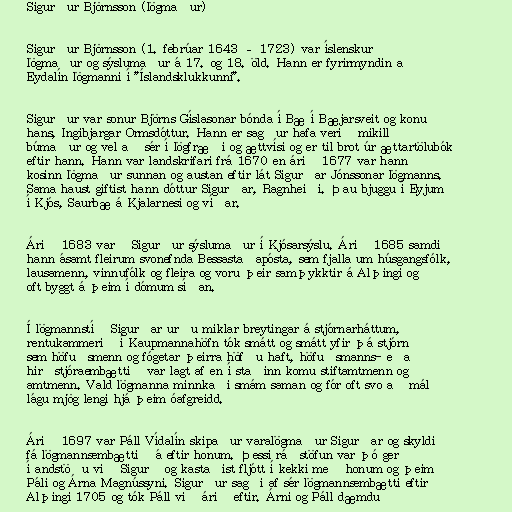
Sigurður Björnsson (lögmaður)

Sigurður Björnsson (1. febrúar 1643 – 1723) var íslenskur
lögmaður og sýslumaður á 17. og 18. öld. Hann er fyrirmyndin að
Eydalín lögmanni í "Íslandsklukkunni".

Sigurður var sonur Björns Gíslasonar bónda í Bæ í Bæjarsveit og konu
hans, Ingibjargar Ormsdóttur. Hann er sagður hafa verið mikill
búmaður og vel að sér í lögfræði og ættvísi og er til brot úr ættartölubók
eftir hann. Hann var landskrifari frá 1670 en árið 1677 var hann
kosinn lögmaður sunnan og austan eftir lát Sigurðar Jónssonar lögmanns.
Sama haust giftist hann dóttur Sigurðar, Ragnheiði. Þau bjuggu í Eyjum
í Kjós, Saurbæ á Kjalarnesi og víðar.

Árið 1683 varð Sigurður sýslumaður í Kjósarsýslu. Árið 1685 samdi
hann ásamt fleirum svonefnda Bessastaðapósta, sem fjalla um húsgangsfólk,
lausamenn, vinnufólk og fleira og voru þeir samþykktir á Alþingi og
oft byggt á þeim í dómum síðan.

Í lögmannstíð Sigurðar urðu miklar breytingar á stjórnarháttum,
rentukammerið í Kaupmannahöfn tók smátt og smátt yfir þá stjórn
sem höfuðsmenn og fógetar þeirra höfðu haft, höfuðsmanns- eða
hirðstjóraembættið var lagt af en í staðinn komu stiftamtmenn og
amtmenn. Vald lögmanna minnkaði smám saman og fór oft svo að mál
lágu mjög lengi hjá þeim óafgreidd.

Árið 1697 var Páll Vídalín skipaður varalögmaður Sigurðar og skyldi
fá lögmannsembættið á eftir honum. Þessi ráðstöfun var þó gerð
í andstöðu við Sigurð og kastaðist fljótt í kekki með honum og þeim
Páli og Árna Magnússyni. Sigurður sagði af sér lögmannsembætti eftir
Alþingi 1705 og tók Páll við árið eftir. Árni og Páll dæmdu